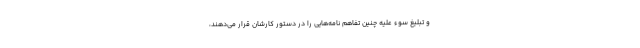
و تبلیغ سوء علیه چنین تفاهم نامه‌هایی را در دستور کارشان قرار می‌دهند،